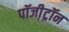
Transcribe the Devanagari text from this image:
पॉजी़ट्रॉन